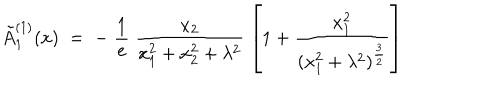
\tilde { A } _ { 1 } ^ { ( 1 ) } ( x ) \; = \; - \; \frac { 1 } { e } \; \frac { x _ { 2 } } { x _ { 1 } ^ { 2 } + x _ { 2 } ^ { 2 } + \lambda ^ { 2 } } \; \left[ 1 + \frac { x _ { 1 } ^ { 2 } } { ( x _ { 1 } ^ { 2 } + \lambda ^ { 2 } ) ^ { \frac { 3 } { 2 } } } \right]